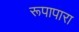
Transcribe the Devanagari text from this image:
रूपापारा